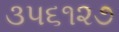
૩૫૬૧૨૭